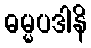
ဓမ္မပဒါနိ